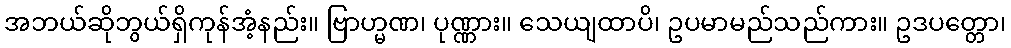
အဘယ်ဆိုဘွယ်ရှိကုန်အံ့နည်း။ ဗြာဟ္မဏ၊ ပုဏ္ဏား။ သေယျထာပိ၊ ဥပမာမည်သည်ကား။ ဥဒပတ္တော၊